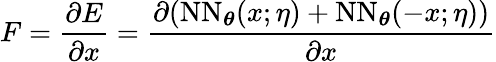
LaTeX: F=\frac{\partial E}{\partial x}=\frac{\partial(\mathrm{NN}_{\boldsymbol{\theta}}(x;\eta)+\mathrm{NN}_{\boldsymbol{\theta}}(-x;\eta))}{\partial x}